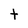
Character: t